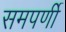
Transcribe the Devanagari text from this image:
समपर्णी